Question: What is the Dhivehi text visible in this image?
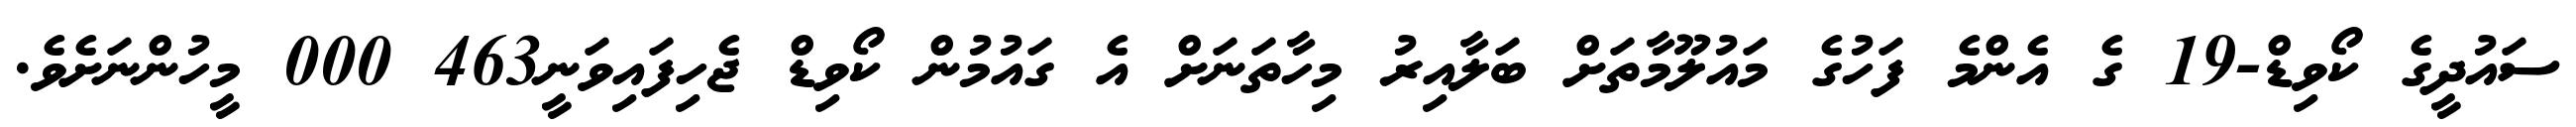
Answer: ސައުދީގެ ކޯވިޑް-19 ގެ އެންމެ ފަހުގެ މައުލޫމާތަށް ބަލާއިރު މިހާތަނަށް އެ ގައުމުން ކޯވިޑް ޖެހިފައިވަނީ463 000 މީހުންނަށެވެ.